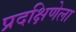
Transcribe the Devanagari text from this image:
प्रदक्षिणेला